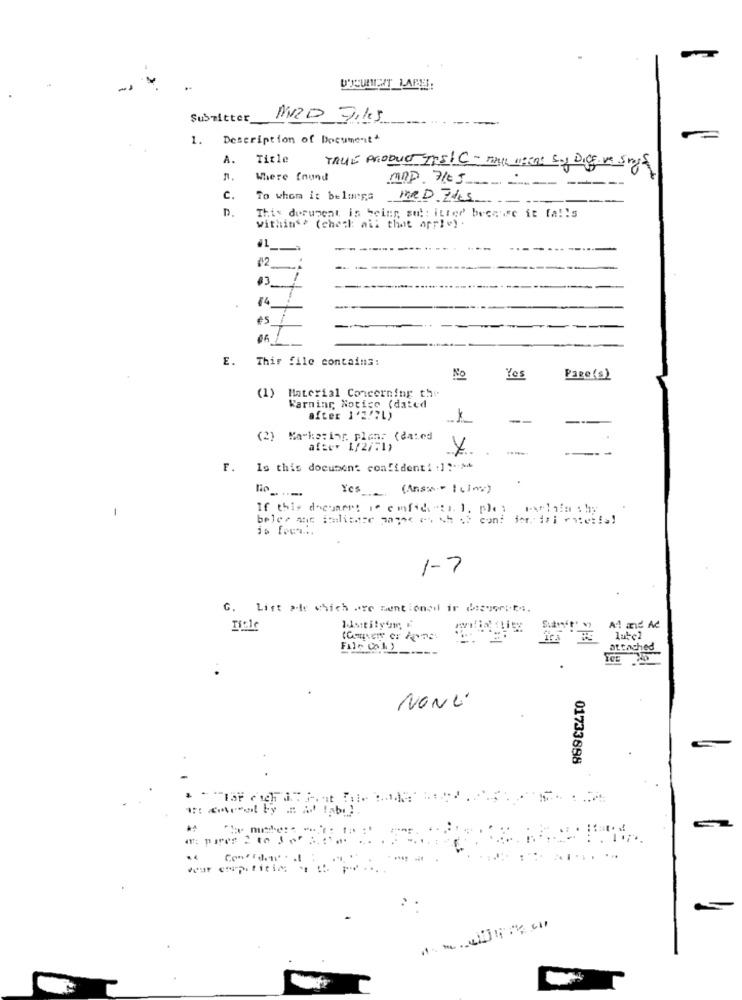
Submitter_
1.
Description of Document
A.
Title
TRUE PRODUCT InsIC-MAIL meent Soy Diff. ve Sny
Where found
C.
To whom it belongs
MED ZAS
D.
This derupent is being sul: itter because it fa !! s
withins. (check all that apple) .
1
14
66
E. This file contains:
No
Yes
Page(s)
(1)
Material Concerning the
Warning Notice (dated
after 1'3!"L)
--
--
(2) Marketing plan: (dated
after 1/2/:1)
----
F. Is this document confidenti .] ?- >+
Yes (Ans-1(im)
If this document is emfic "ti. l. pley
-
1-7
G. List air which are mentionedl ir deyou .....
Al md Ad
NONE'
01733898
..
war enpititim